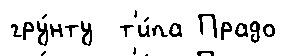
гру́нту  т'и́па Прадо